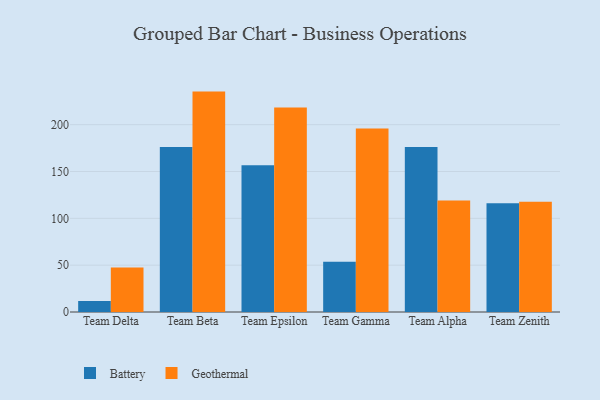
{"axis": {"x": "Team", "y": "Net Income (USD K)"}, "legend": ["Battery", "Geothermal"], "data": [{"x": "Team Delta", "y": 11.7, "type": "Battery"}, {"x": "Team Delta", "y": 47.6, "type": "Geothermal"}, {"x": "Team Beta", "y": 176.2, "type": "Battery"}, {"x": "Team Beta", "y": 235.3, "type": "Geothermal"}, {"x": "Team Epsilon", "y": 156.6, "type": "Battery"}, {"x": "Team Epsilon", "y": 218.3, "type": "Geothermal"}, {"x": "Team Gamma", "y": 53.7, "type": "Battery"}, {"x": "Team Gamma", "y": 196.0, "type": "Geothermal"}, {"x": "Team Alpha", "y": 176.2, "type": "Battery"}, {"x": "Team Alpha", "y": 119.0, "type": "Geothermal"}, {"x": "Team Zenith", "y": 116.2, "type": "Battery"}, {"x": "Team Zenith", "y": 117.8, "type": "Geothermal"}]}